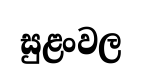
සුළංවල